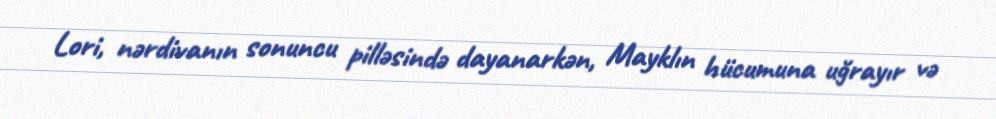
Lori, nərdivanın sonuncu pilləsində dayanarkən, Mayklın hücumuna uğrayır və